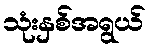
သုံးနှစ်အရွယ်